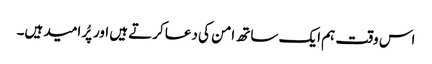
اس وقت ہم ایک ساتھ امن کی دعا کرتے ہیں اور پُر امید ہیں۔